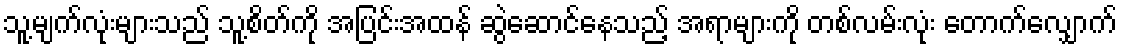
သူ့မျက်လုံးများသည် သူ့စိတ်ကို အပြင်းအထန် ဆွဲဆောင်နေသည့် အရာများကို တစ်လမ်းလုံး တောက်လျှောက်